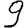
Digit: 9